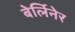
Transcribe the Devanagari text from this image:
बेर्लिनेर